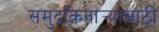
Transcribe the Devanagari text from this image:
समुद्रकिनार्‍यांसाठी